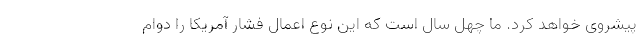
پیشروی خواهد کرد. ما چهل سال است که این نوع اعمال فشار آمریکا را دوام